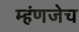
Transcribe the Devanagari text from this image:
म्हंणजेच